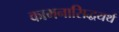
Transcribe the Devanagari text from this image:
कामनासिद्धयर्थ